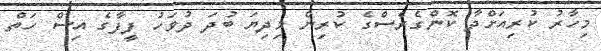
މިހާރު ކުރިއަށްދާ ކޮންގެރެސްގެ ކުރިން މިދިޔަ ބުދަ ދުވަހު ފީފާގެ އިސް ހަތް